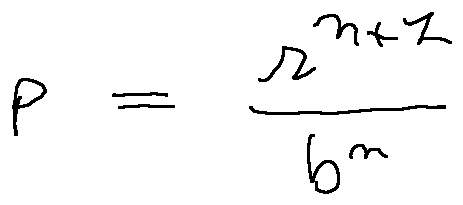
p = \frac { r ^ { n + 1 } } { b ^ { n } }